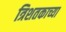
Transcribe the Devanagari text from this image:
त्रिशतकाच्या